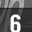
Digit: 6